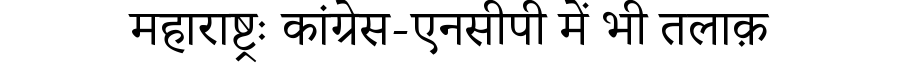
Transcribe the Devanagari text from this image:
महाराष्ट्रः कांग्रेस-एनसीपी में भी तलाक़